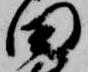
田